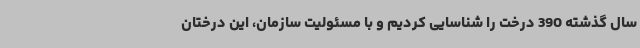
سال گذشته 390 درخت را شناسایی کردیم و با مسئولیت سازمان، این درختان